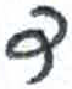
אות: ד